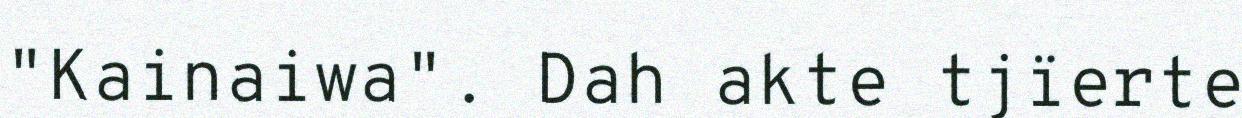
"Kainaiwa". Dah akte tjïerte